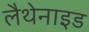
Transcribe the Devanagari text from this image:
लैथेनाइड